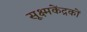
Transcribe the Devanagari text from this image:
सूक्ष्मकेंद्रकों